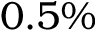
0 . 5 \%